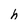
Character: h